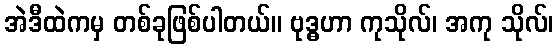
အဲဒီထဲကမှ တစ်ခုဖြစ်ပါတယ်။ ဗုဒ္ဓဟာ ကုသိုလ်၊ အကု သိုလ်၊